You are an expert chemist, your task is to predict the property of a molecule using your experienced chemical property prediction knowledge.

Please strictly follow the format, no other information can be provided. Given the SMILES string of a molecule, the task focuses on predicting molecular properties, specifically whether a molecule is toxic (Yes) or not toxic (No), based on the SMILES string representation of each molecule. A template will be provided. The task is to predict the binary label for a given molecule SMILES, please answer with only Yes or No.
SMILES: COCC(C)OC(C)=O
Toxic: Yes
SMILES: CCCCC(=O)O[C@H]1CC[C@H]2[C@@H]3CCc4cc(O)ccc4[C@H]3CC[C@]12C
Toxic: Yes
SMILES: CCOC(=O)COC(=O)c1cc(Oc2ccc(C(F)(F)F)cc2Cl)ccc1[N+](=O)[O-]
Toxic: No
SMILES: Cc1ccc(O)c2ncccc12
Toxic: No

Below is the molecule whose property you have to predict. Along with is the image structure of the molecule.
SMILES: Cc1ccc(-c2cc(C(F)(F)F)nn2-c2ccc(S(N)(=O)=O)cc2)cc1
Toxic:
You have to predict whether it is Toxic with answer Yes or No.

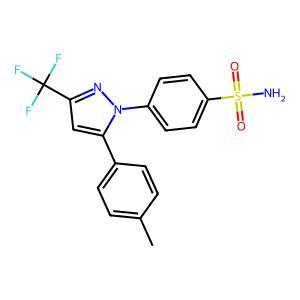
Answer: No